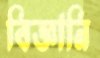
বিজ্ঞানি